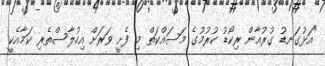
"އަޅުގަނޑު ގުރުއާން ރިކޯޑު ކުރުމުގެ މަސައްކަތް މި ފެށީ ވަރަށް އިހުލާސްތެރި ކަމާއެކީ